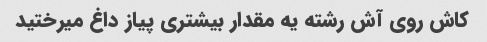
کاش روی آش رشته یه مقدار بیشتری پیاز داغ میرختید